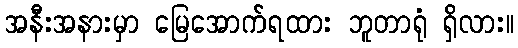
အနီးအနားမှာ မြေအောက်ရထား ဘူတာရုံ ရှိလား။